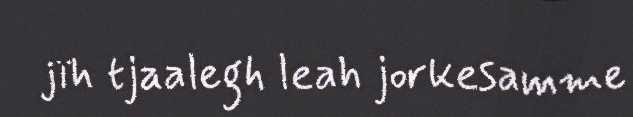
jïh tjaalegh leah jorkesamme